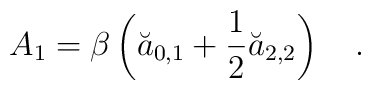
A_1=\beta \left(\breve{a}_{0,1}+\frac 12 \breve{a}_{2,2}\right)~~~.